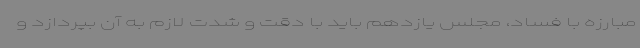
مبارزه با فساد، مجلس یازدهم باید با دقت و شدت لازم به آن بپردازد و